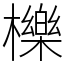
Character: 櫟